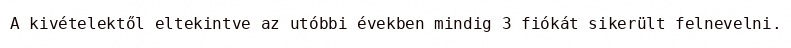
A kivételektől eltekintve az utóbbi években mindig 3 fiókát sikerült felnevelni.